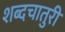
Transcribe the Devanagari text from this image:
शब्दचातुरी